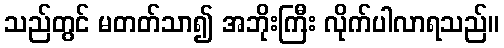
သည်တွင် မတတ်သာ၍ အဘိုးကြီး လိုက်ပါလာရသည်။